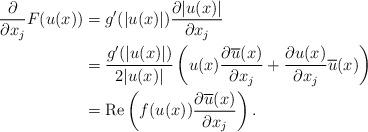
LaTeX: \begin{align*}\frac{\partial}{\partial x_j}F(u(x)) &= g'(|u(x)|) \frac{\partial|u(x)| }{\partial x_j}\\&= \frac{g'(|u(x)|)}{2|u(x)|} \left(u(x)\frac{\partial \overline{u}(x) }{\partial x_j} +\frac{\partial u(x) }{\partial x_j}\overline{u}(x)\right)\\&= {\rm Re }\left( f(u(x)) \frac{\partial \overline{u}(x)}{\partial x_j}\right).\end{align*}